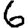
Digit: 6